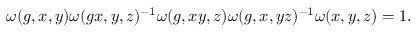
\omega ( g , x , y ) \omega ( g x , y , z ) ^ { - 1 } \omega ( g , x y , z ) \omega ( g , x , y z ) ^ { - 1 } \omega ( x , y , z ) = 1 .